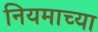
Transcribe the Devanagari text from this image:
नियमाच्या